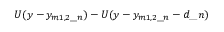
U ( y - y _ { m 1 , 2 \_ n } ) - U ( y - y _ { m 1 , 2 \_ n } - d \_ n )